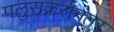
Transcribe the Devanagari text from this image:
पलुसकरांनंतर